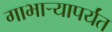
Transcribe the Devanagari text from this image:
गाभार्‍यापर्यंत